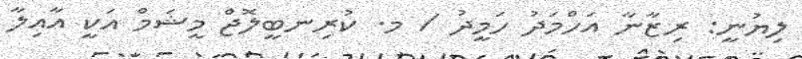
ލިޔުނީ: ރިޒާނާ އަހްމަދު ހަމީދު / މ. ކުރިނބީލޮޖް މީޝަމް އަކީ އާއިލާ